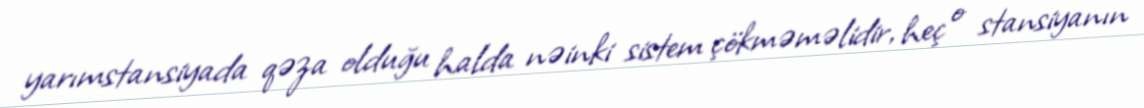
yarımstansiyada qəza olduğu halda nəinki sistem çökməməlidir, heç o stansiyanın